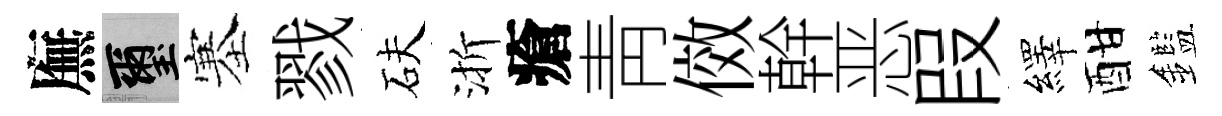
廡璽塞戮砆渐瘡靑傚幹恶叚繹酣鑑